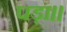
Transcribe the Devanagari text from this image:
पड़ा।।